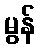
မွန်